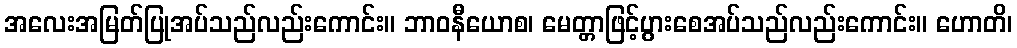
အလေးအမြတ်ပြုအပ်သည်လည်းကောင်း။ ဘာဝနီယောစ၊ မေတ္တာဖြင့်ပွားစေအပ်သည်လည်းကောင်း။ ဟောတိ၊